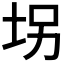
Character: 𫭦